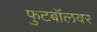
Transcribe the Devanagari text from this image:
फुटबॉलवर